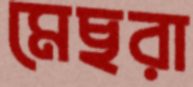
মেছরা